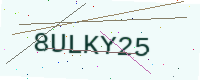
Text: 8ULKY25